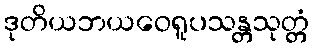
ဒုတိယဘယဝေရူပသန္တသုတ္တံ